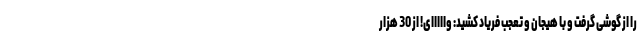
را از گوشی گرفت و با هیجان و تعجب فریاد کشید: وااااای! از 30 هزار